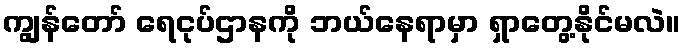
ကျွန်တော် ရေငုပ်ဌာနကို ဘယ်နေရာမှာ ရှာတွေ့နိုင်မလဲ။